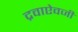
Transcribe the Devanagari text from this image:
द्रवाऐवजी